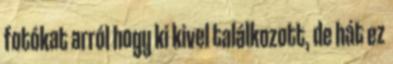
fotókat arról hogy ki kivel találkozott, de hát ez